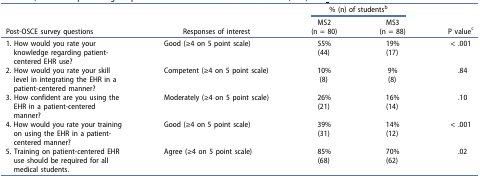
<table><thead><tr><td><b> </b></td><td><b> </b></td><td colspan="2"><b>% (n) of students<sup>b</sup></b></td><td><b> </b></td></tr><tr><td><b>Post-OSCE survey questions</b></td><td><b>Responses of interest</b></td><td><b>MS2(n = 80)</b></td><td><b>MS3(n = 88)</b></td><td><b>P value<sup>c</sup></b></td></tr></thead><tbody><tr><td>1. How would you rate your knowledge regarding patient-centered EHR use?</td><td>Good (≥4 on 5 point scale)</td><td>55%(44)</td><td>19%(17)</td><td>&lt; .001</td></tr><tr><td>2. How would you rate your skill level in integrating the EHR in a patient-centered manner?</td><td>Competent (≥4 on 5 point scale)</td><td>10%(8)</td><td>9%(8)</td><td>.84</td></tr><tr><td>3. How confident are you using the EHR in a patient-centered manner?</td><td>Moderately (≥4 on 5 point scale)</td><td>26%(21)</td><td>16%(14)</td><td>.10</td></tr><tr><td>4. How would you rate your training on using the EHR in a patient-centered manner?</td><td>Good (≥4 on 5 point scale)</td><td>39%(31)</td><td>14%(12)</td><td>&lt; .001</td></tr><tr><td>5. Training on patient-centered EHR use should be required for all medical students.</td><td>Agree (≥4 on 5 point scale)</td><td>85%(68)</td><td>70%(62)</td><td>.02</td></tr></tbody></table>